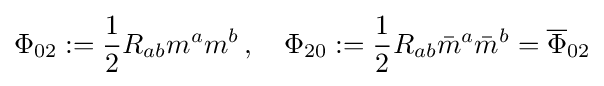
\Phi _{02}:={\frac {1}{2}}R_{ab}m^{a}m^{b}\,,\quad \Phi _{20}:={\frac {1}{2}}R_{ab}{\bar {m}}^{a}{\bar {m}}^{b}={\overline {\Phi }}_{02}